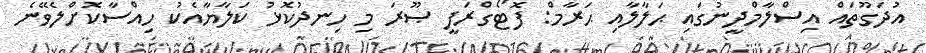
އުދަގޫތައް އިސްލާމްދީނުގައި ޙަލާލާއި ޙަރާމް: ފޮޓޯގްރަފީ ޞޫރަ މި ހިނދުކޮޅު ކަލާޔާއެކު ހިއްސާކޮށްލެވޭނެ